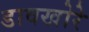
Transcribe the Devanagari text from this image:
डावखोरे